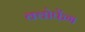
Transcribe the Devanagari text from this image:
क्वोफेंग